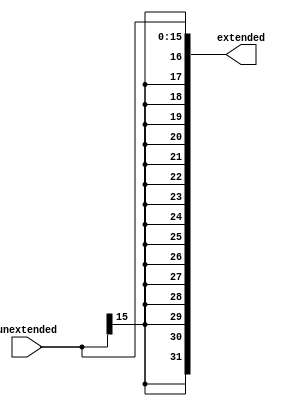
`timescale 1ns / 1ps

module SignExt(
    input [15:0] unextended,
    output reg [31:0] extended);

    always @ (unextended) begin
        extended = {{16{unextended[15]}}, unextended};
    end
endmodule